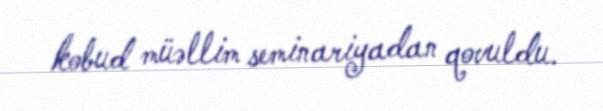
kobud müəllim seminariyadan qovuldu.